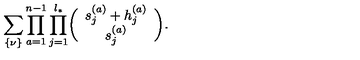
\sum _ { \{ \nu \} } \prod _ { a = 1 } ^ { n - 1 } \prod _ { j = 1 } ^ { l _ { * } } \biggl ( \begin{array} { c } { s _ { j } ^ { ( a ) } + h _ { j } ^ { ( a ) } } \\ { s _ { j } ^ { ( a ) } } \\ \end{array} \biggr ) .